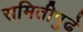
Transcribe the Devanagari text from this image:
समितीपुढे